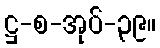
ဋ္ဌ-စ-အုပ်-၃၉။